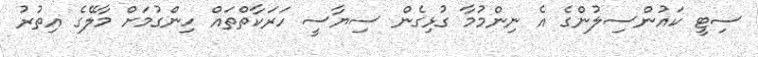
ސިޓީ ކައުންސިލުންގެ އެ ނިންމުމާ ގުޅިގެން ސިޔާސީ ހަރަކާތްތައް ހިންގުމަށް މާލޭގެ އިތުރު